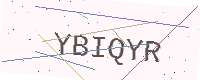
Text: YBIQYR